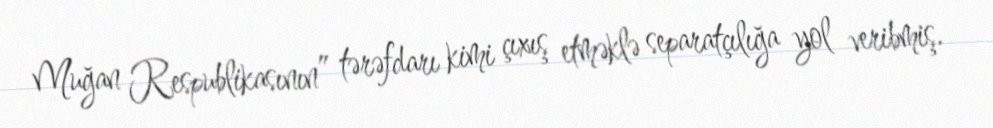
Muğan Respublikasının” tərəfdarı kimi çıxış etməklə separatçılığa yol veribmiş.